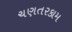
ચણતરકામ